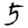
Digit: 5